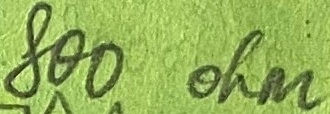
Text: 800ohm